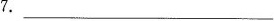
7.____